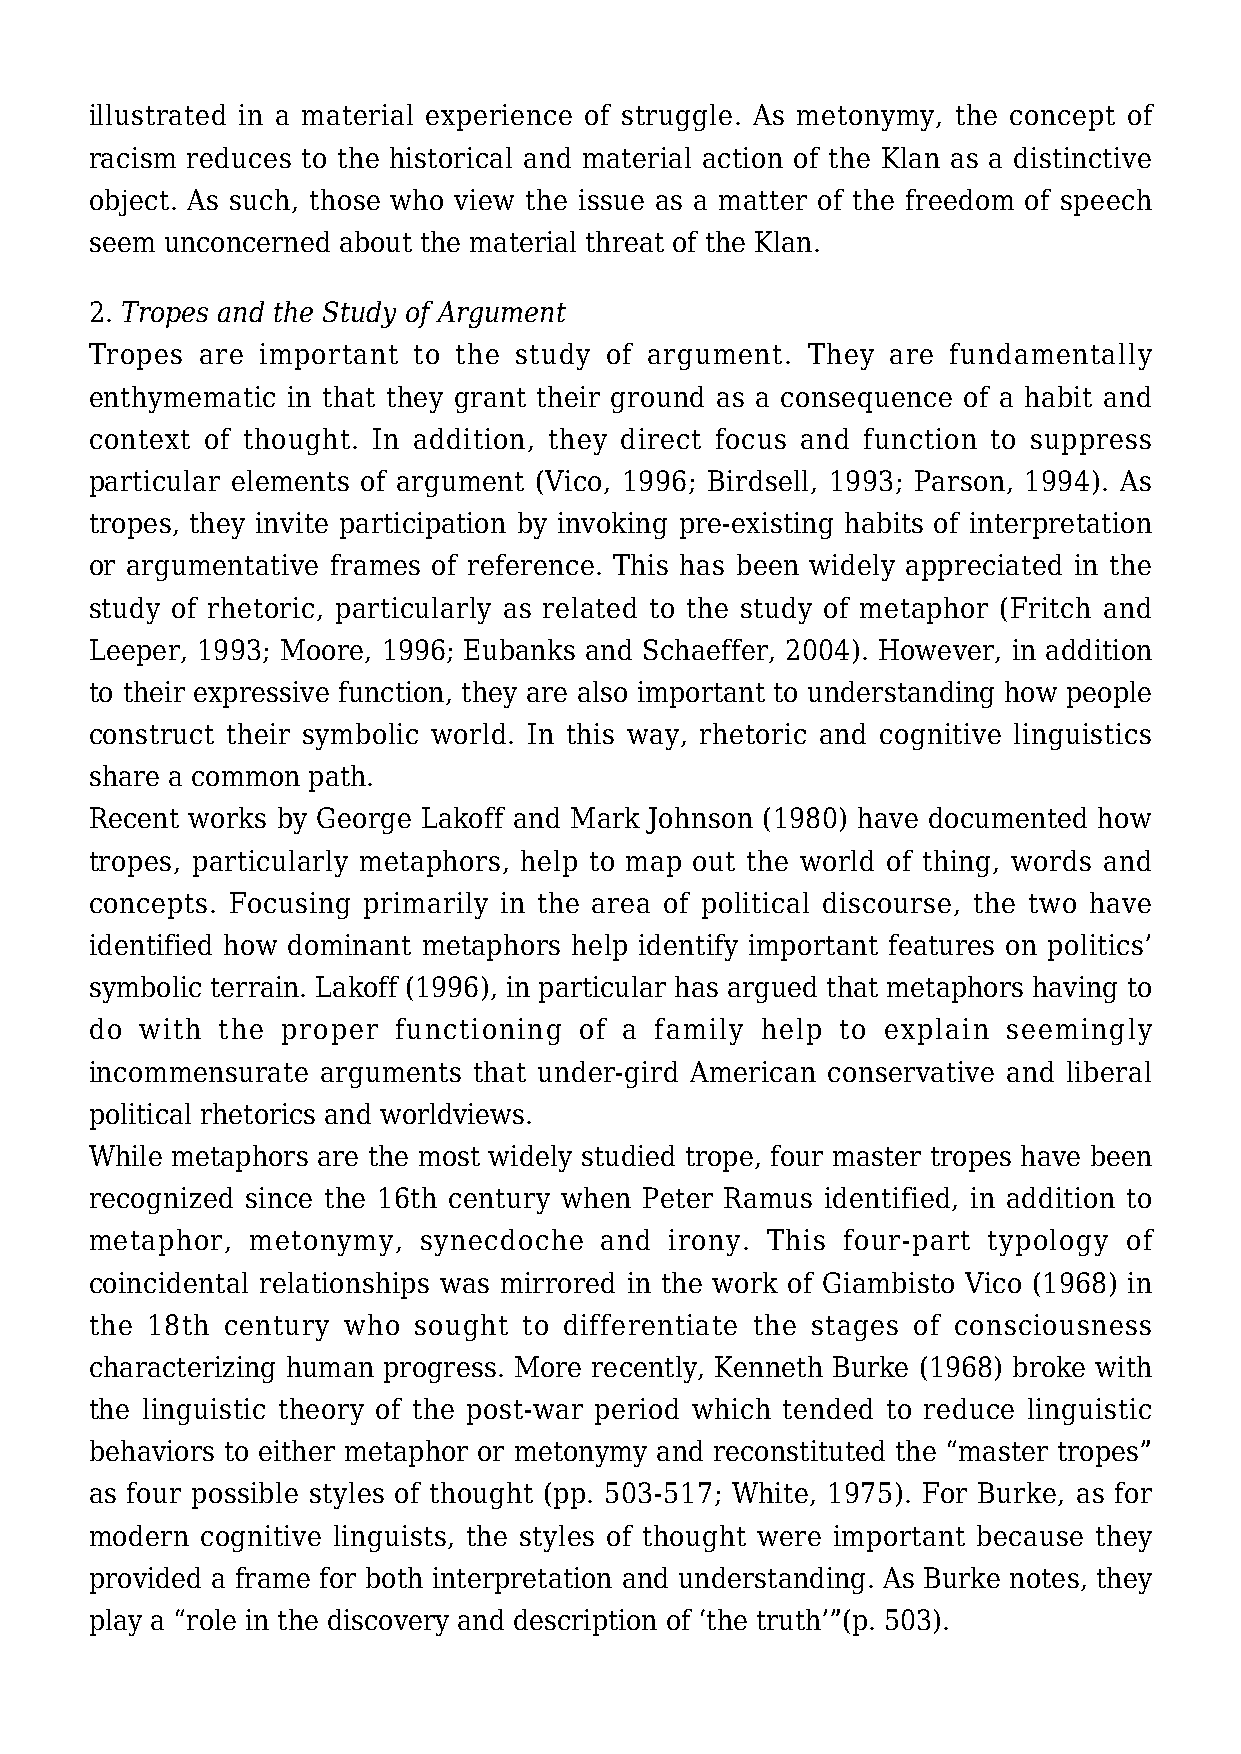
illustrated in a material experience of struggle. As metonymy, the concept of
 racism reduces to the historical and material action of the Klan as a distinctive
 object. As such, those who view the issue as a matter of the freedom of speech
 seem unconcerned about the material threat of the Klan.
 2. Tropes and the Study of Argument
 Tropes are important to the study of argument. They  are fundamentally
 enthymematic in that they grant their ground as a consequence of a habit and
 context of thought. In addition, they direct focus and function to suppress
 particular elements of argument (Vico, 1996; Birdsell, 1993; Parson, 1994). As
 tropes, they invite participation by invoking pre-existing habits of interpretation
 or argumentative frames of reference. This has been widely appreciated in the
 study of rhetoric, particularly as related to the study of metaphor (Fritch and
 Leeper, 1993; Moore, 1996; Eubanks and Schaeffer, 2004). However, in addition
 to their expressive function, they are also important to understanding how people
 construct their symbolic world. In this way, rhetoric and cognitive linguistics
 share a common path.
 Recent works by George Lakoff and Mark Johnson (1980) have documented how
 tropes, particularly metaphors, help to map out the world of thing, words and
 concepts. Focusing primarily in the area of political discourse, the two have
 identified how dominant metaphors help identify important features on politics’
 symbolic terrain. Lakoff (1996), in particular has argued that metaphors having to
 do with the  proper functioning of a family help  to explain seemingly
 incommensurate arguments that under-gird American conservative and liberal
 political rhetorics and worldviews.
 While metaphors are the most widely studied trope, four master tropes have been
 recognized since the 16th century when Peter Ramus identified, in addition to
 metaphor,  metonymy,  synecdoche  and irony. This four-part typology of
 coincidental relationships was mirrored in the work of Giambisto Vico (1968) in
 the 18th century who sought  to differentiate the stages of consciousness
 characterizing human progress. More recently, Kenneth Burke (1968) broke with
 the linguistic theory of the post-war period which tended to reduce linguistic
 behaviors to either metaphor or metonymy and reconstituted the “master tropes”
 as four possible styles of thought (pp. 503-517; White, 1975). For Burke, as for
 modern cognitive linguists, the styles of thought were important because they
 provided a frame for both interpretation and understanding. As Burke notes, they
 play a “role in the discovery and description of ‘the truth’”(p. 503).